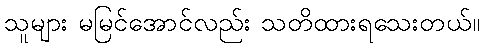
သူများ မမြင်အောင်လည်း သတိထားရသေးတယ်။